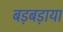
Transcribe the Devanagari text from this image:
बड़बड़ाया